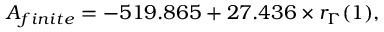
A _ { f i n i t e } = - 5 1 9 . 8 6 5 + 2 7 . 4 3 6 \times r _ { \Gamma } ( 1 ) ,